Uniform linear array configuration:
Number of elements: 24
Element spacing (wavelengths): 1
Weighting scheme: exponential
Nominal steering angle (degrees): -45
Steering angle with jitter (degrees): -45.586
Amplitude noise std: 0.05
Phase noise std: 0.05

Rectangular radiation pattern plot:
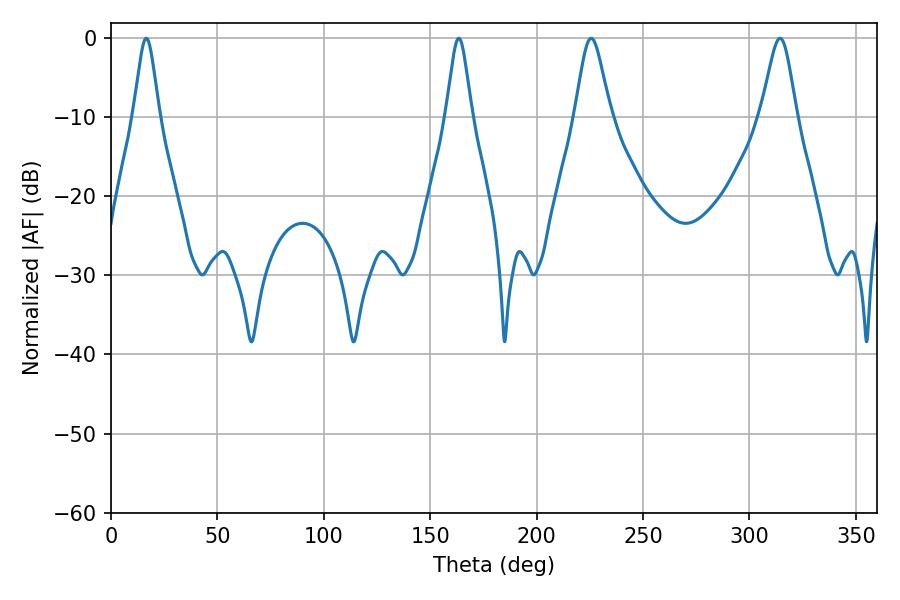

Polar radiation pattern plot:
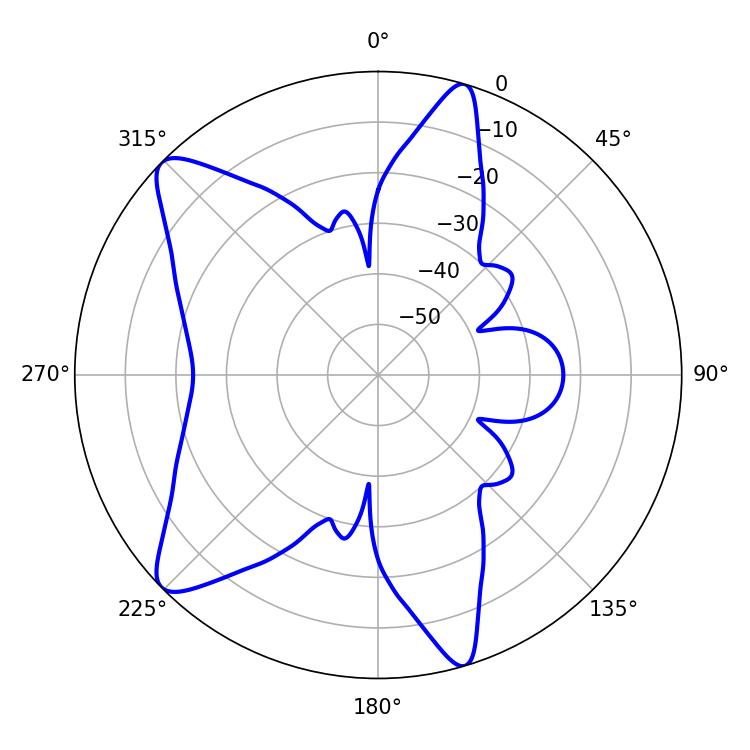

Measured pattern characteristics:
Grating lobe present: TRUE
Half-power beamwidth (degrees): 5.76
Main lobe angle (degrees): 16.56